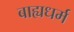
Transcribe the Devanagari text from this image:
बाह्यधर्म